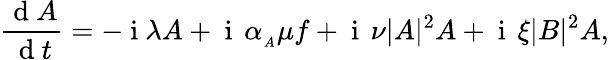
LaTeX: \frac{\mathrm{~d~}A}{\mathrm{~d~}t}=-\mathrm{~i~}\lambda A+\mathrm{~i~}\, \alpha_{_A}\mu f+\mathrm{~i~}\, \nu|A|^{2}A+\mathrm{~i~}\, \xi|B|^{2}A,